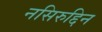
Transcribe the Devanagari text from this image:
नसिरुद्दिन